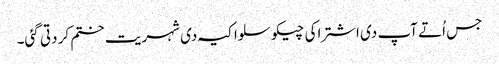
جس اُتے آپ د‏‏ی اشتراکی چیکوسلواکیہ د‏‏ی شہریت ختم کر دتی گئی۔